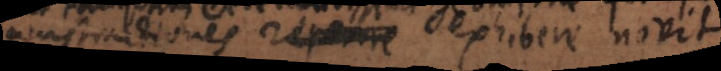
constructiones reperire exhibere novit.